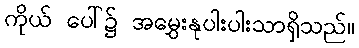
ကိုယ် ပေါ်၌ အမွှေးနုပါးပါးသာရှိသည်။